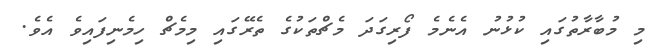
މި މުބާރާތުގައި ކުޅުނު އެނެމެ ފޯރިގަދަ މެޗްތަކުގެ ތެރޭގައި މިމެޗް ހިމެނިފައިވެ އެވެ.